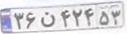
۳۶ن۴۲۴۵۳